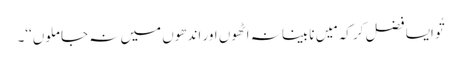
تُو ایسا فضل کر کہ مَیں نابینا نہ اٹھوں اور اندھوں میں نہ جا ملوں‘‘۔